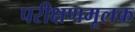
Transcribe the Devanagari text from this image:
परीक्षणमूलक